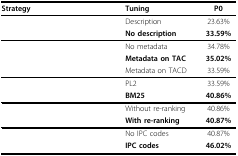
<table><thead><tr><td><b>Strategy</b></td><td><b>Tuning</b></td><td><b>P0</b></td></tr></thead><tbody><tr><td>[EMPTY_CELL]</td><td>Description</td><td>23.63%</td></tr><tr><td>[EMPTY_CELL]</td><td><b>No description</b></td><td><b>33.59%</b></td></tr><tr><td>[EMPTY_CELL]</td><td>No metadata</td><td>34.78%</td></tr><tr><td>[EMPTY_CELL]</td><td><b>Metadata on TAC</b></td><td><b>35.02%</b></td></tr><tr><td>[EMPTY_CELL]</td><td>Metadata on TACD</td><td>33.59%</td></tr><tr><td>[EMPTY_CELL]</td><td>PL2</td><td>33.59%</td></tr><tr><td>[EMPTY_CELL]</td><td><b>BM25</b></td><td><b>40.86%</b></td></tr><tr><td>[EMPTY_CELL]</td><td>Without re-ranking</td><td>40.86%</td></tr><tr><td>[EMPTY_CELL]</td><td><b>With re-ranking</b></td><td><b>40.87%</b></td></tr><tr><td>[EMPTY_CELL]</td><td>No IPC codes</td><td>40.87%</td></tr><tr><td>[EMPTY_CELL]</td><td><b>IPC codes</b></td><td><b>46.02%</b></td></tr></tbody></table>